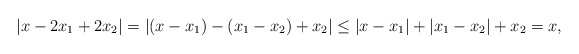
\begin{align*}|x-2x_1+2x_2|= |(x-x_1)-(x_1-x_2)+x_2|\leq |x-x_1|+|x_1-x_2|+ x_2= x,\end{align*}